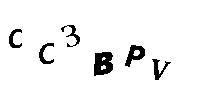
CC3BPV